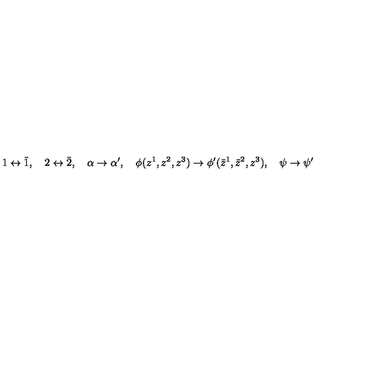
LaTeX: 1 \leftrightarrow \bar { 1 } , \quad 2 \leftrightarrow \bar { 2 } , \quad \alpha \rightarrow \alpha ^ { \prime } , \quad \phi ( z ^ { 1 } , z ^ { 2 } , z ^ { 3 } ) \rightarrow \phi ^ { \prime } ( \bar { z } ^ { 1 } , \bar { z } ^ { 2 } , z ^ { 3 } ) , \quad \psi \rightarrow \psi ^ { \prime }